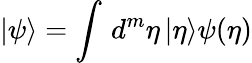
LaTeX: |\psi\rangle=\int\, d^{m}\eta\, |\eta\rangle\psi(\eta)